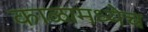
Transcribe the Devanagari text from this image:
काळामध्येच